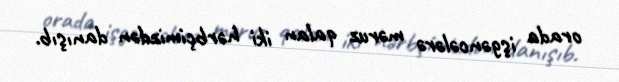
orada işgəncələrə məruz qalan iki hərbçimizdən danışıb.